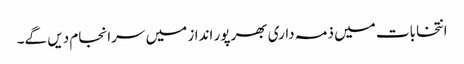
انتخابات میں ذمہ داری بھرپور انداز میں سرانجام دیں گے۔